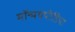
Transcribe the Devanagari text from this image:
मॉन्मथपीडिया